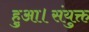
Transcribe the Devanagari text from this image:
हुआ।संयुक्त